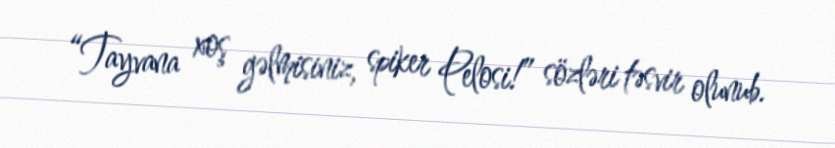
“Tayvana xoş gəlmisiniz, spiker Pelosi!” sözləri təsvir olunub.